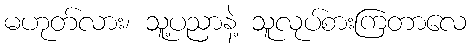
မဟုတ်လား၊ သူ့ပညာနဲ့ သူလုပ်စားကြတာလေ